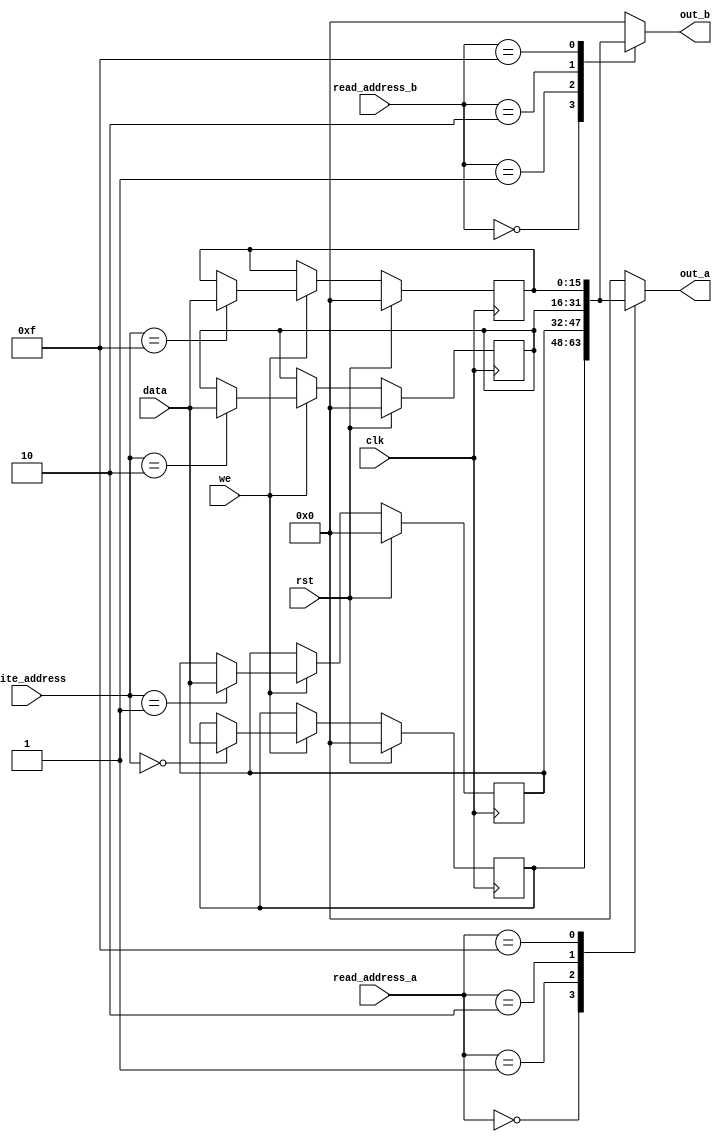
/*
   This file was generated automatically by Alchitry Labs version 1.2.7.
   Do not edit this file directly. Instead edit the original Lucid source.
   This is a temporary file and any changes made to it will be destroyed.
*/

module game_regfile_v2_11 (
    input clk,
    input rst,
    input [3:0] write_address,
    input we,
    input [15:0] data,
    input [3:0] read_address_a,
    input [3:0] read_address_b,
    output reg [15:0] out_a,
    output reg [15:0] out_b
  );
  
  
  
  reg [15:0] M_button_input_d, M_button_input_q = 1'h0;
  reg [15:0] M_level_input_d, M_level_input_q = 1'h0;
  reg [15:0] M_score_d, M_score_q = 1'h0;
  reg [15:0] M_temp1_d, M_temp1_q = 1'h0;
  
  always @* begin
    M_level_input_d = M_level_input_q;
    M_score_d = M_score_q;
    M_button_input_d = M_button_input_q;
    M_temp1_d = M_temp1_q;
    
    if (we) begin
      
      case (write_address)
        4'h0: begin
          M_button_input_d = data;
        end
        4'h1: begin
          M_level_input_d = data;
        end
        4'h2: begin
          M_score_d = data;
        end
        4'hf: begin
          M_temp1_d = data;
        end
      endcase
    end
    
    case (read_address_a)
      4'h0: begin
        out_a = M_button_input_q;
      end
      4'h1: begin
        out_a = M_level_input_q;
      end
      4'h2: begin
        out_a = M_score_q;
      end
      4'hf: begin
        out_a = M_temp1_q;
      end
      default: begin
        out_a = 1'h0;
      end
    endcase
    
    case (read_address_b)
      4'h0: begin
        out_b = M_button_input_q;
      end
      4'h1: begin
        out_b = M_level_input_q;
      end
      4'h2: begin
        out_b = M_score_q;
      end
      4'hf: begin
        out_b = M_temp1_q;
      end
      default: begin
        out_b = 1'h0;
      end
    endcase
  end
  
  always @(posedge clk) begin
    if (rst == 1'b1) begin
      M_button_input_q <= 1'h0;
      M_level_input_q <= 1'h0;
      M_score_q <= 1'h0;
      M_temp1_q <= 1'h0;
    end else begin
      M_button_input_q <= M_button_input_d;
      M_level_input_q <= M_level_input_d;
      M_score_q <= M_score_d;
      M_temp1_q <= M_temp1_d;
    end
  end
  
endmodule